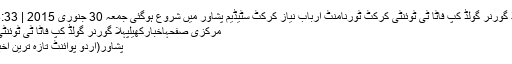
پہلا گورنر گولڈ کپ فاٹا ٹی ٹوئنٹی کرکٹ ٹورنامنٹ ارباب نیاز کرکٹ سٹیڈیم پشاور میں شروع ہوگئی جمعہ 30 جنوری 2015 | 23:33
مرکزی صفحہاخبارکھیلپہلا گورنر گولڈ کپ فاٹا ٹی ٹوئنٹی ..
پشاور(اُردو پوائنٹ تازہ ترین اخبار۔